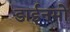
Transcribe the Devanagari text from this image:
डाईनमो